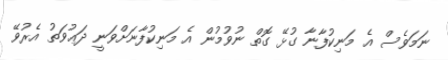
ނަމަވެސް އެ މަނިކުފާނާ ގުޅޭ ގޮތް ނުވުމުން އެ މަނިކުފާނަށްވަނީ ދަޢުވަތު އެރުވޭ